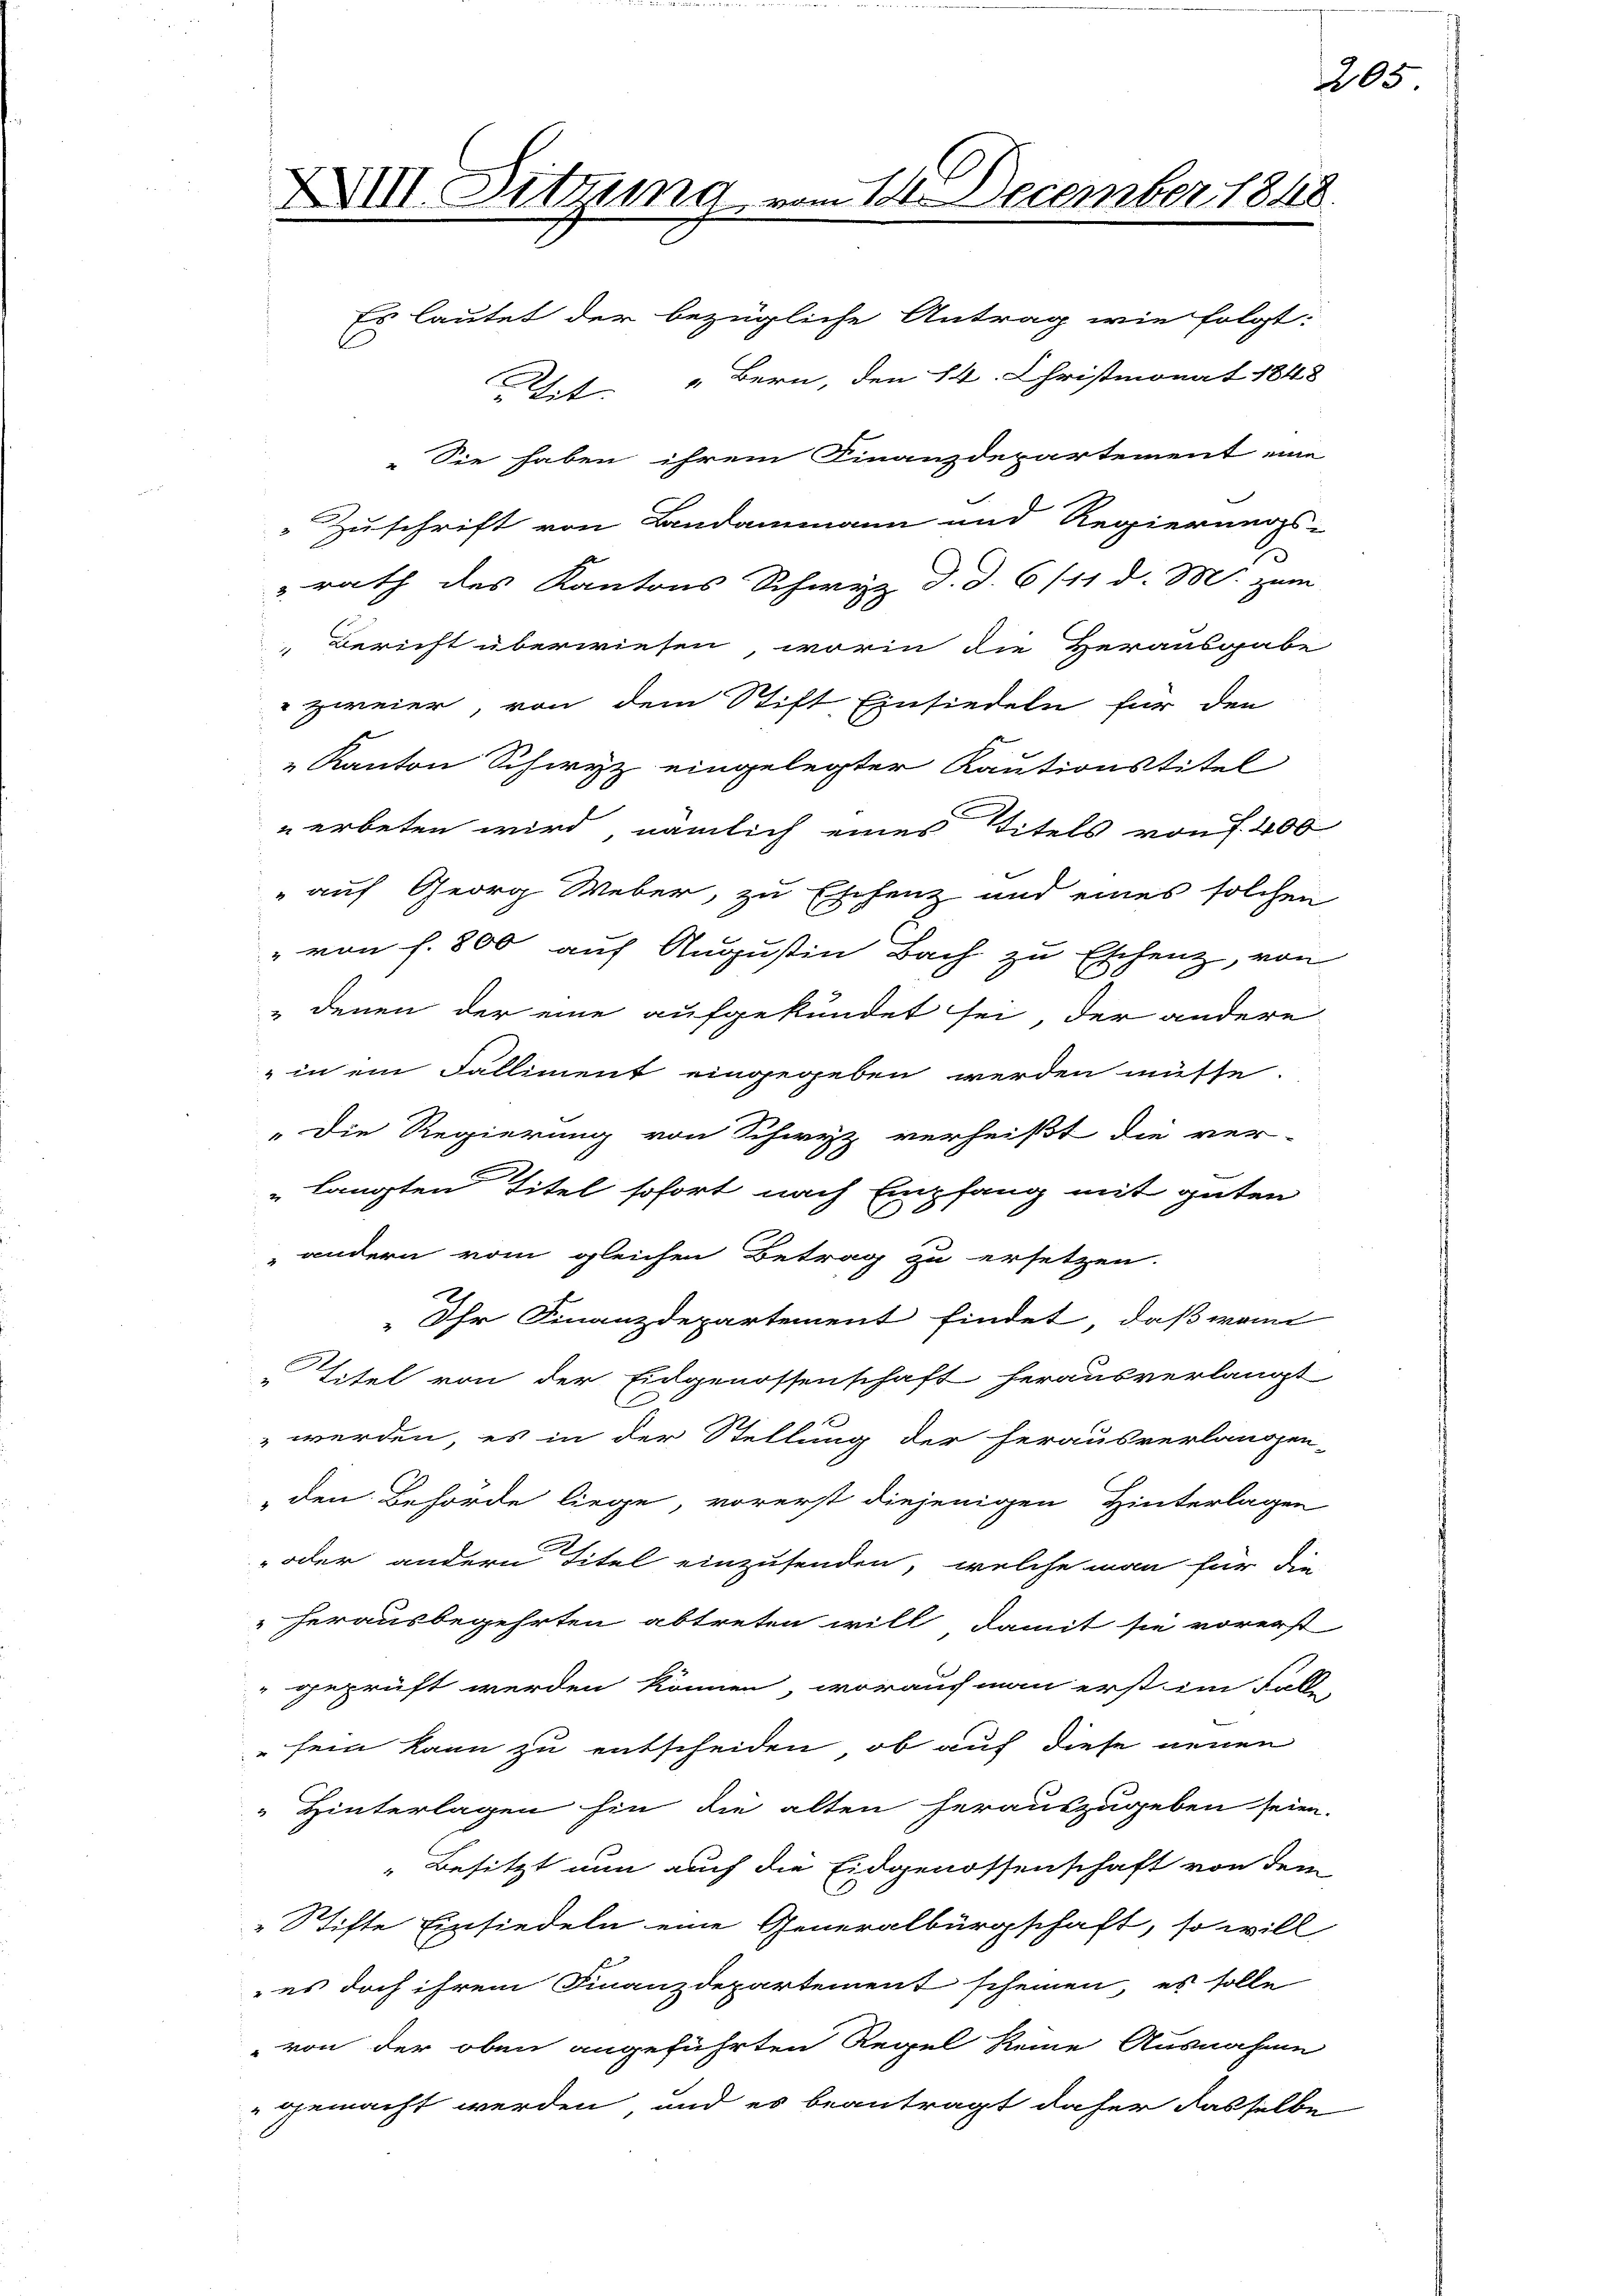
Es lautet der bezügliche Antrag wie folgt:
t. " Bern, den 14. Christmonat 1848
„Sie haben ihrem Finanzdepartement eine

Zuschrift von Landammann und Regierungs
rath des Kantons Schwyz d. d. 6/11 d. M. zum
Bericht überwiesen, worin die Herausgabe
zweier, von dem Stift Einsiedeln für den
" Kanton Schwyz eingelegter Kautionstitel
uerbeten wird, nämlich eines Titels von 400
" auf Georg Weber, zu Eschenz und eines solchen
" von f. 800 auf Augustin Bach zu Eschenz, von
denen der eine aufgekündet sei, der andere
„in ein Falliment eingegeben werden müsse.
" langten Titel sofort nach Empfang mit guten
„andern vom gleichen Betrag zu ersetzen.
Ihr Finanzdepartement findet, daß wenn
"Titel von der Eidgenossenschaft herausverlangt
 werden, es in der Stellung der herausverlangen-
„den Behörde liege, vorerst diejenigen Hinterlagen
oder andern Titel einzusenden, welche man für die
herausbegehrten abtreten will, damit sie vorerst
geprüft werden können, worauf man erst im Falle
sein kann zu entscheiden, ob auf diese neuen
 Hinterlagen hin die alten herauszugeben seien.
Besitzt nun auch die Eidgenossenschaft von dem
Stifte Einsiedeln eine Generalbürgschaft, so will
 es doch ihrem Finanzdepartement scheinen, es solle
von der oben angeführten Regel keine Ausnahme
gemacht werden, und es beantragt daher dasselbe

Die Regierung von Schwyz verheißt die ver-

XXIII. Sitzung, vom 14. December 1848.

205